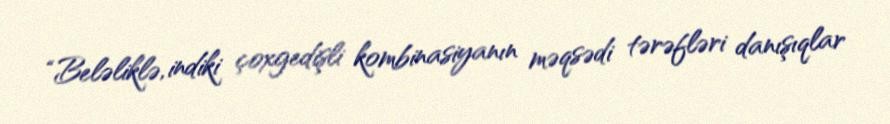
“Beləliklə, indiki çoxgedişli kombinasiyanın məqsədi tərəfləri danışıqlar